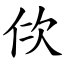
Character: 佽